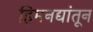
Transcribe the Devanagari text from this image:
हिमनद्यांतून